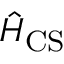
\hat { H } _ { \mathrm { C S } }